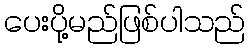
ပေးပို့မည်ဖြစ်ပါသည်